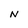
Character: N